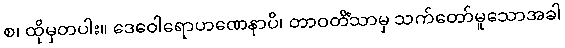
စ၊ ထိုမှတပါး။ ဒေဝေါရောဟဏေနာပိ၊ တာဝတိံသာမှ သက်တော်မူသောအခါ